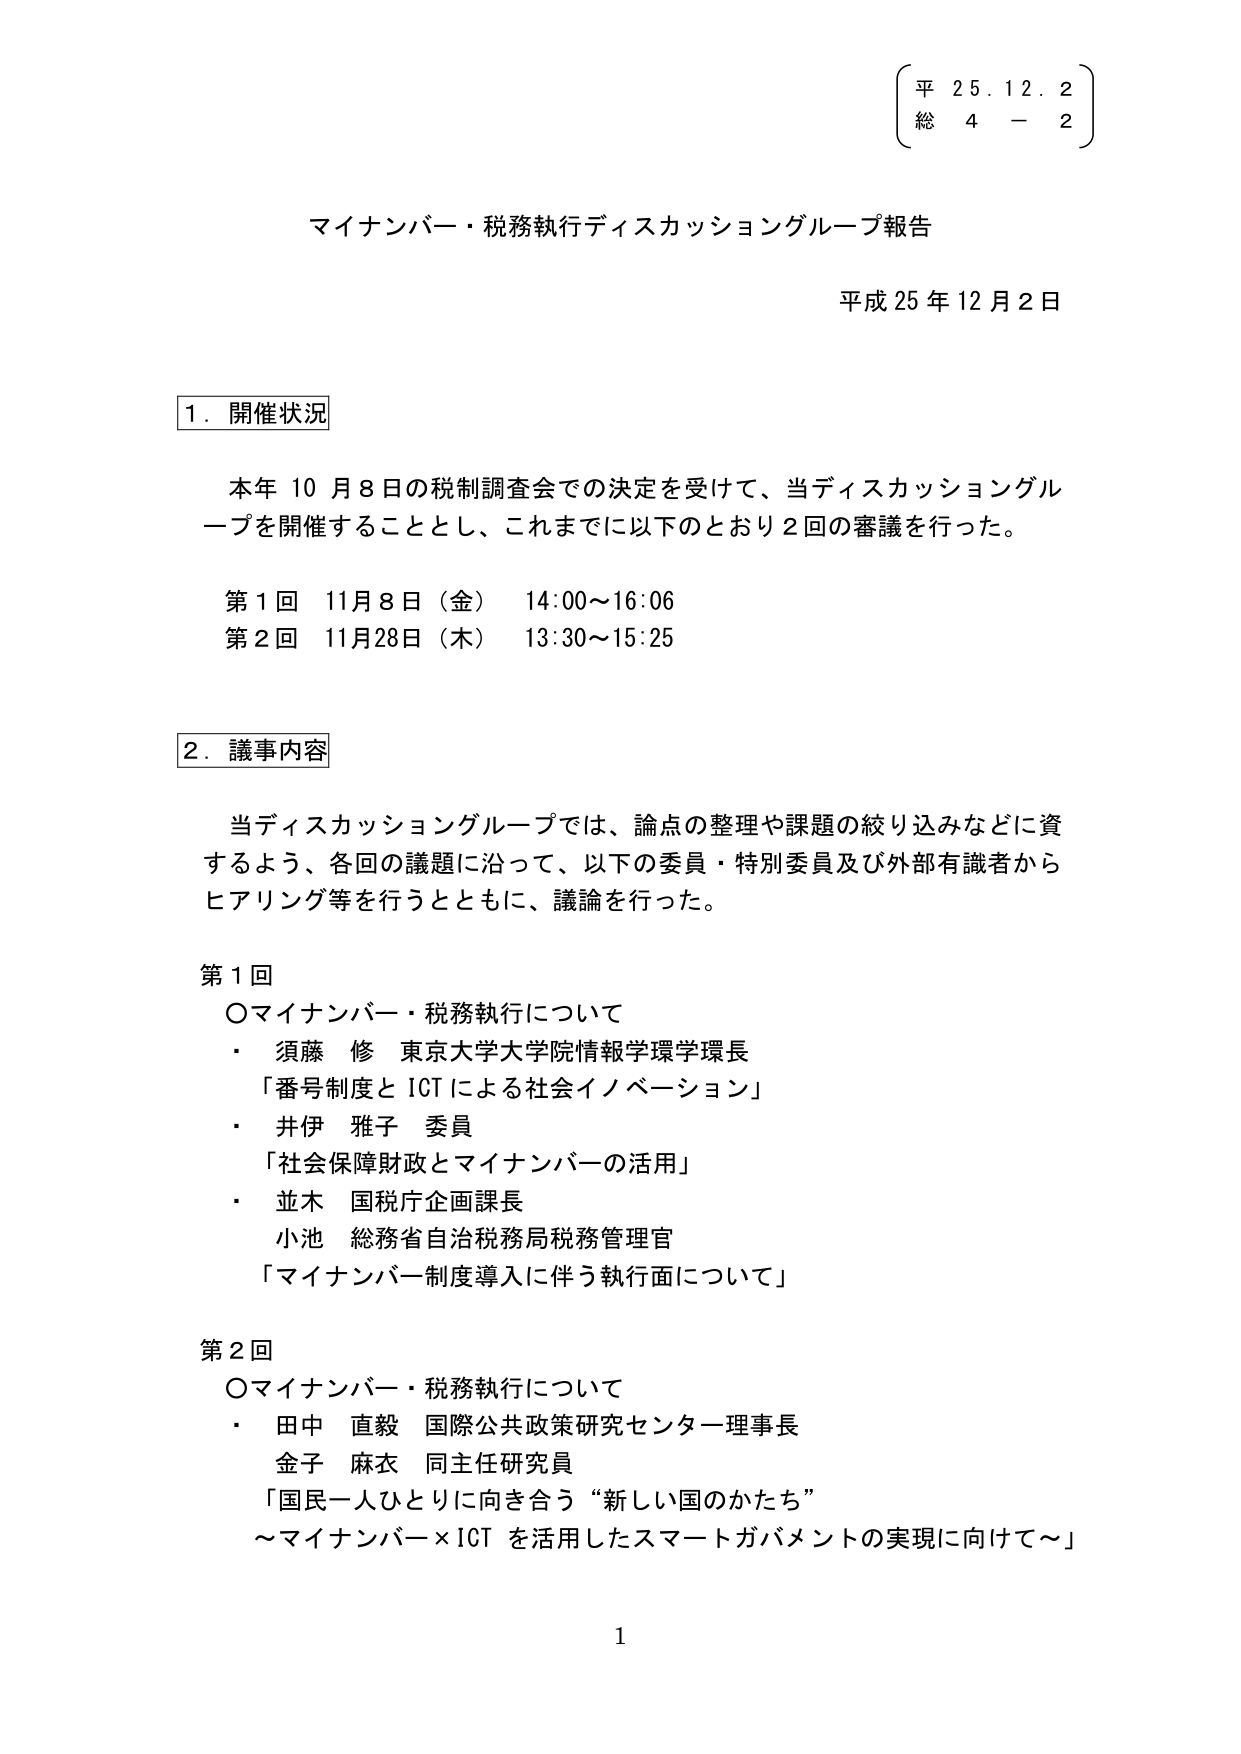
平 25.12.2
総 4 - 2

マイナンバー・税務執行ディスカッショングループ報告
平成25年12月2日

1. 開催状況

本年10月8日の税制調査会での決定を受けて、当ディスカッショングループを開催することとし、これまでに以下のとおり2回の審議を行った。

第1回 11月8日（金） 14:00～16:06
第2回 11月28日（木） 13:30～15:25

2. 議事内容

当ディスカッショングループでは、論点の整理や課題の絞り込みなどに資するよう、各回の議題に沿って、以下の委員・特別委員及び外部有識者からヒアリング等を行うとともに、議論を行った。

第1回
〇マイナンバー・税務執行について
・ 須藤 修 東京大学大学院情報学環学環長
「番号制度とICTによる社会イノベーション」
・ 井伊 雅子 委員
「社会保障財政とマイナンバーの活用」
・ 並木 国税庁企画課長
小池 総務省自治税務局税務管理官
「マイナンバー制度導入に伴う執行面について」

第2回
〇マイナンバー・税務執行について
・ 田中 直毅 国際公共政策研究センター理事長
金子 麻衣 同主任研究員
「国民一人ひとりに向き合う“新しい国のかたち”
～マイナンバー×ICTを活用したスマートガバメントの実現に向けて～」

1